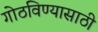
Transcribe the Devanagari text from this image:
गोठविण्यासाठी